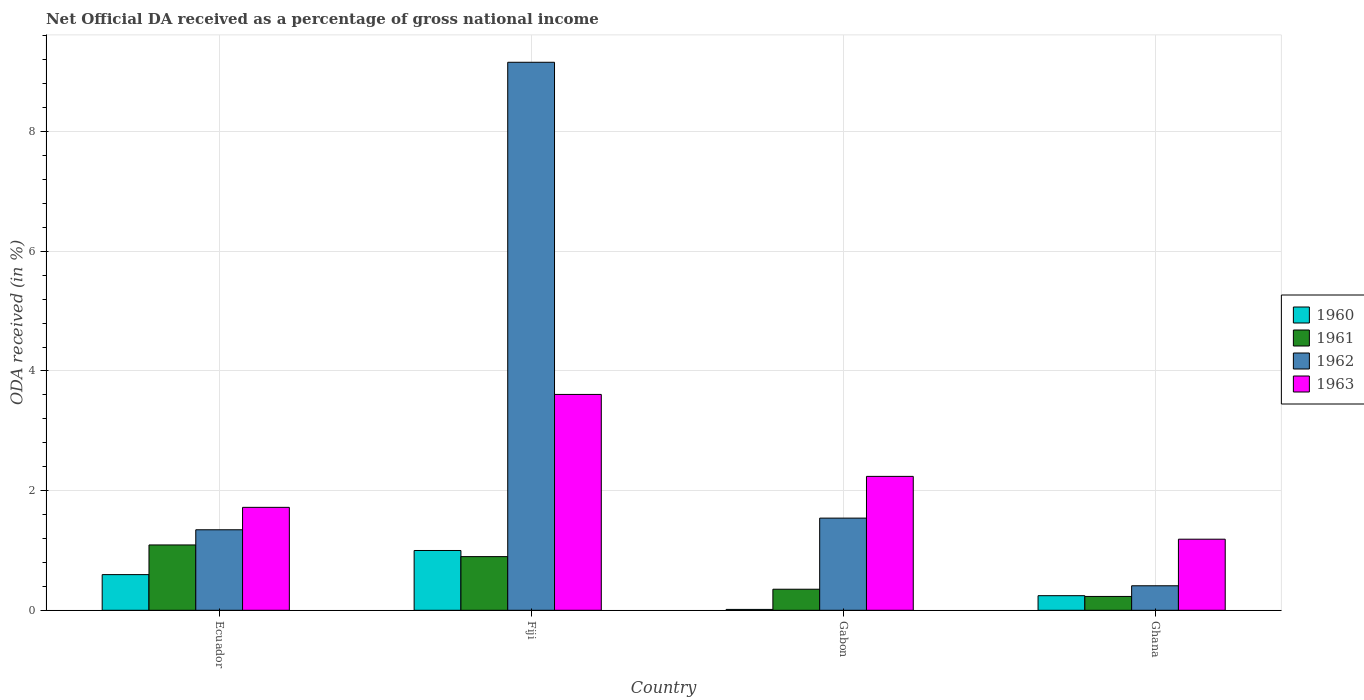
| Country | 1960 | 1961 | 1962 | 1963 |
 | --- | --- | --- | --- | --- |
 | Ecuador | 0.596 | 1.09 | 1.35 | 1.72 |
 | Fiji | 1 | 0.897 | 9.16 | 3.61 |
 | Gabon | 0.0148 | 0.352 | 1.54 | 2.24 |
 | Ghana | 0.244 | 0.231 | 0.41 | 1.19 |